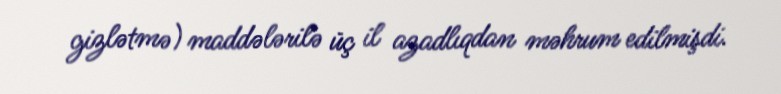
gizlətmə) maddələrilə üç il azadlıqdan məhrum edilmişdi.